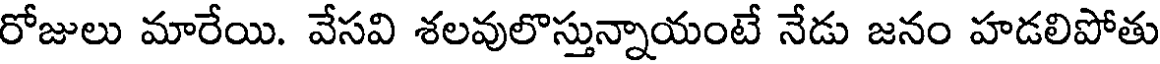
రోజులు మారేయి. వేసవి శలవులొస్తున్నాయంటే నేడు జనం హడలిపోతు